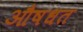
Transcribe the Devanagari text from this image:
औषधत